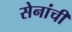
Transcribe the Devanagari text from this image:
सेनांची